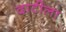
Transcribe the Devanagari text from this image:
दाटीला